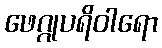
ဖေဂ္ဂုပရိဝါရော